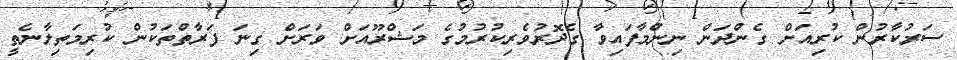
ސަރުކާރުން ކުރިއަށް ގެންދަން ނިންމާފައިވާ ގެދޮރުވެރިކުރުމުގެ މަޝްރޫއަށް ވަރަށް ގިނަ ފަރާތްތަކުން ކުރިމަތިލާނެތީ